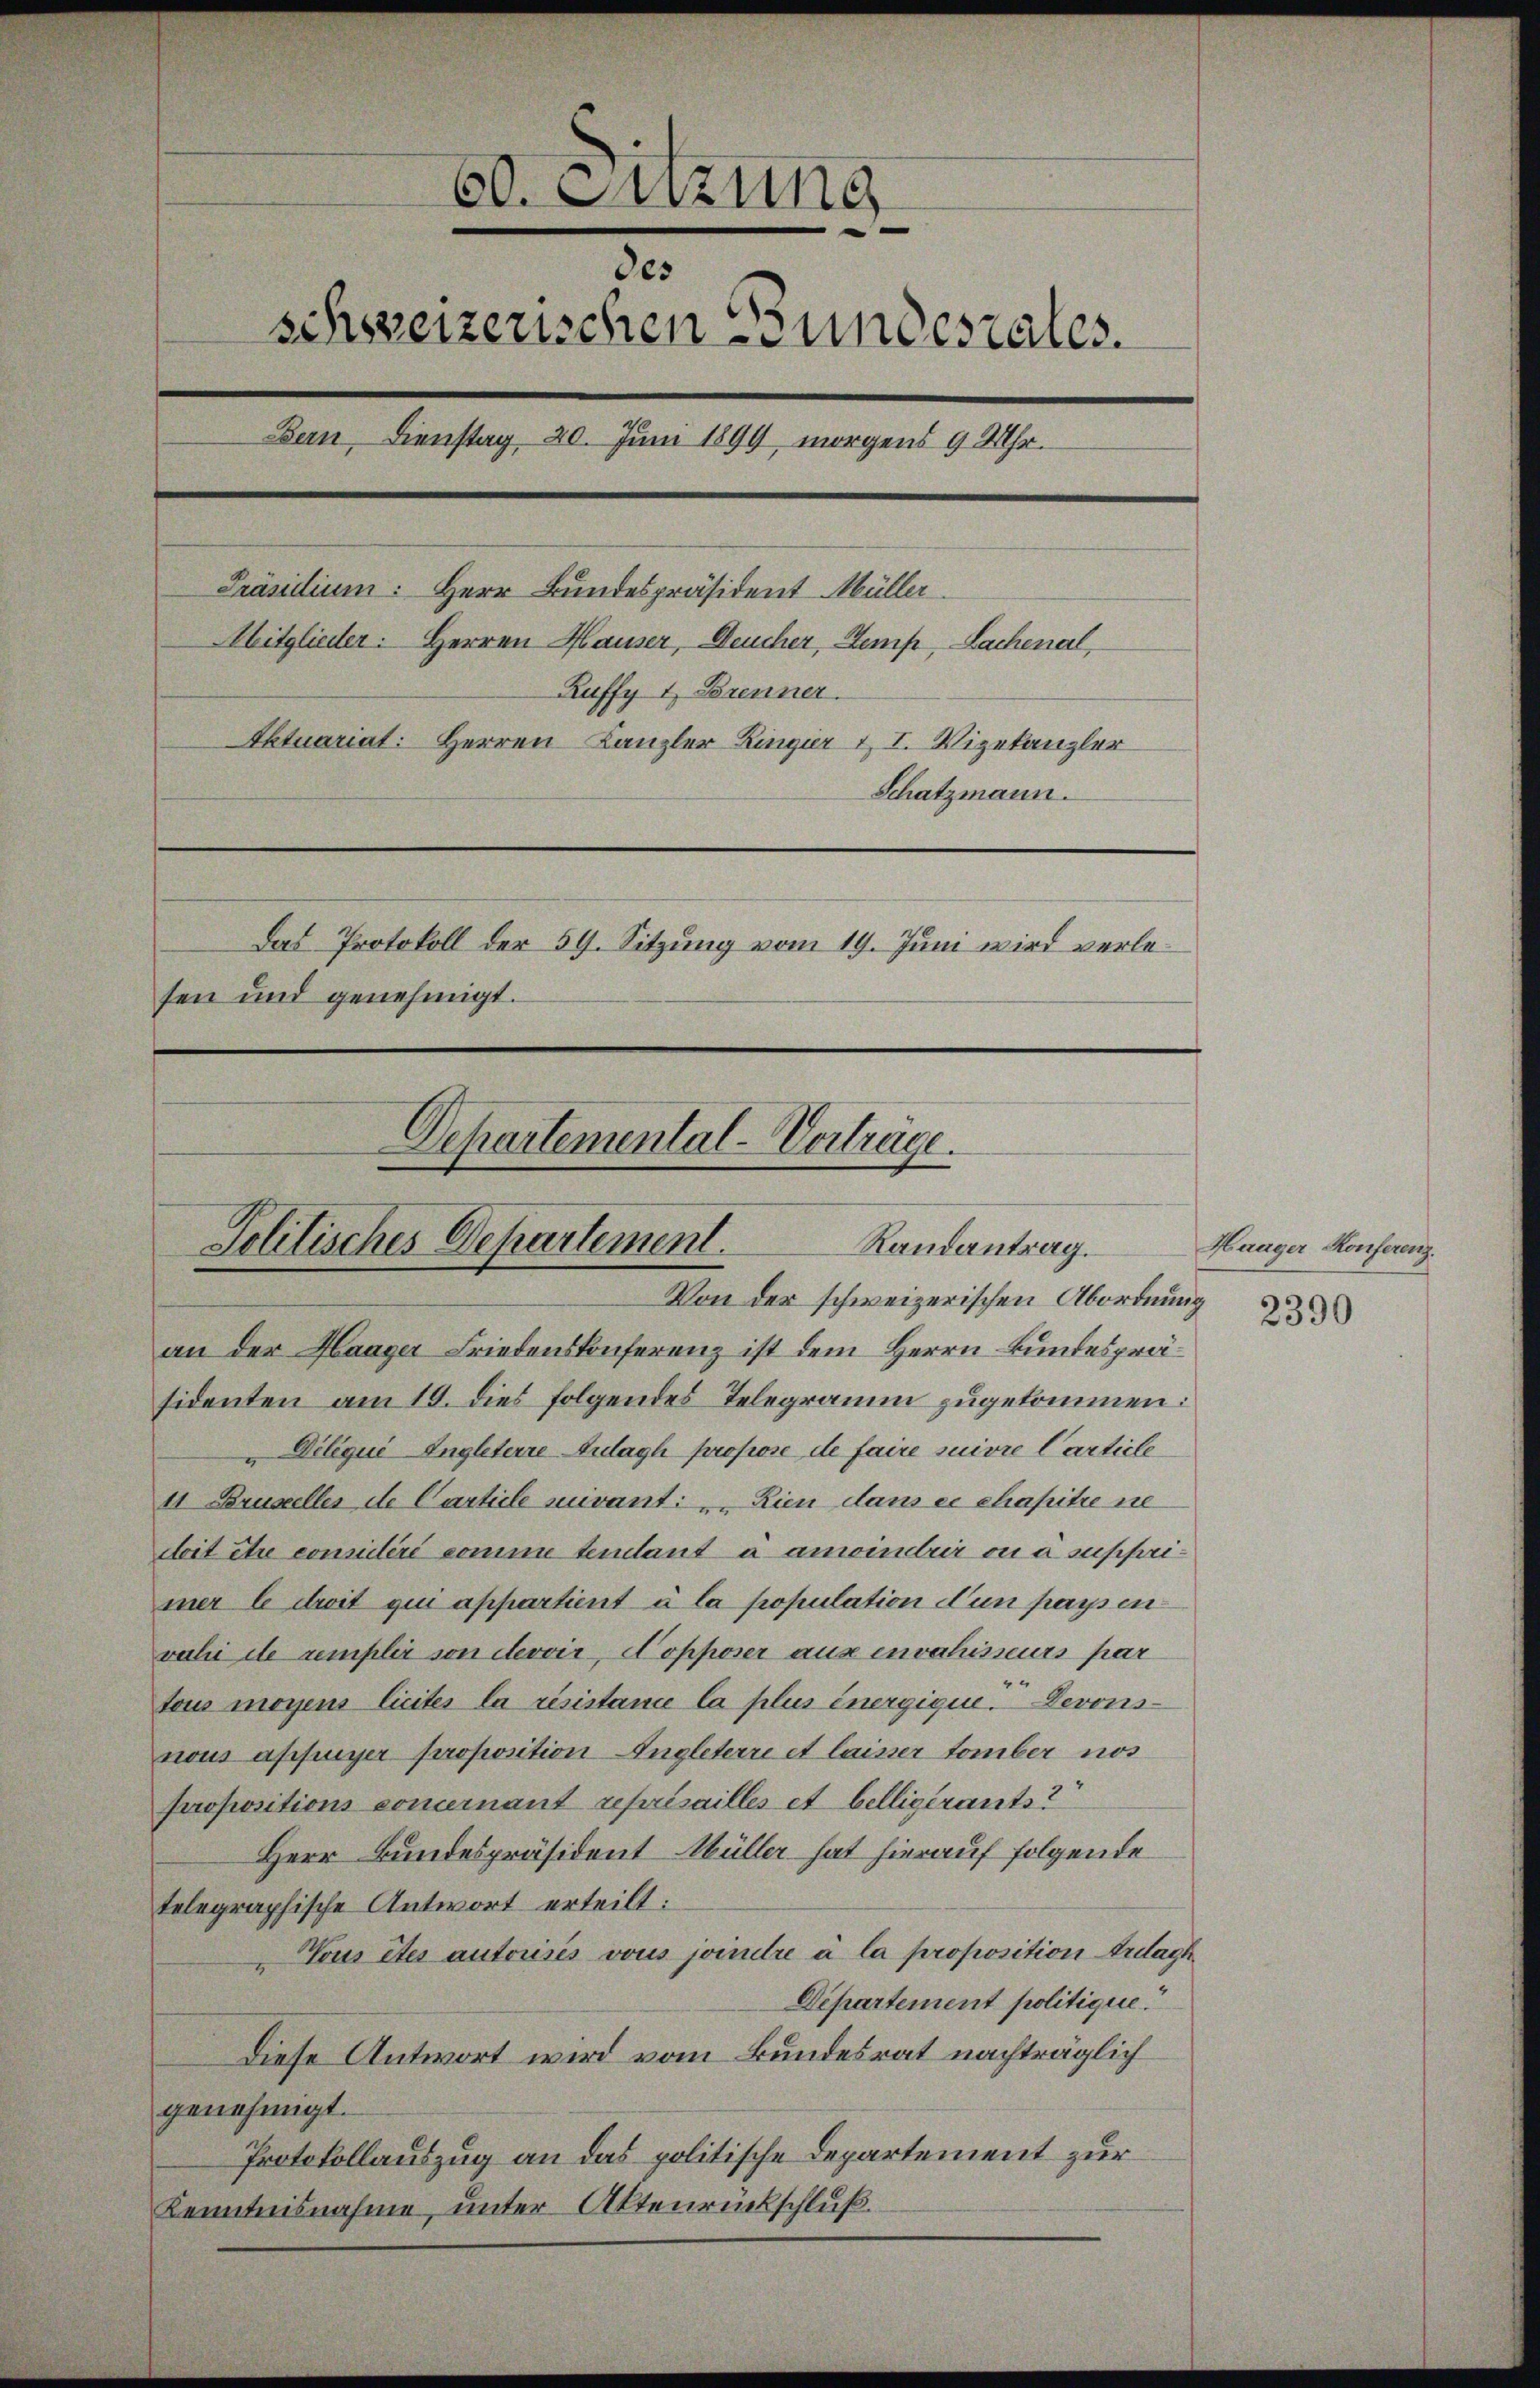
60. Sitzung
des
schweizerischen Bundesrates.
Bern, Dienstag 20. Juni 1899 morgens 9 Uhr.
Präsidium: Herr Bundespräsident Müller
Mitglieder: Herren Hauser, Deucher, Semp, Lachenal,
Ruffy I Brenner.
Aktuariat: Herren Kanzler Ringier 1. I. Vizekanzler
Schatzmann.
Das Protokoll der 59. Sitzung vom 19. Juni wird verlesen und genehmigt.

Politisches Departement
Randantrag.
Von der schweizerischen Abordnung

an der Haager Friedenskonferenz ist dem Herrn Bundespräsidenten am 19. dies folgendes Telegramm zugekommen:
" DiliquiIngleterre Anlaghi propose de faire suivre Carticle
11 Brustelles de Carticle suivant: „Rien dans ce chapitre ne
doit être considéré comme tendant à amoindrir ou a supprimer le droit qui appartient à la population dun pays in
vahi etc semplir von devoir Nopposer aus envahisseurs par
tous moyens liciter la résistance la plus energique. Derons
nous affinger proposition Ingleterre et laisser tomber nos
propositions concernant reprisailles et belligerants
Herr Bundespräsident Müller hat hierauf folgende
telegraphische Antwort erteilt:
Vous êtes autorisés vous joinitre à la proposition Arag
Departement politique.
Diese Antwort wird vom Bundesrat nachträglich
genehmigt.
Protokollauszug an das politische Departement zur
Kenntnisnahme, unter Aktenrückschluß.

Departemental-Vorträge.

Haager Konferenz.

2390